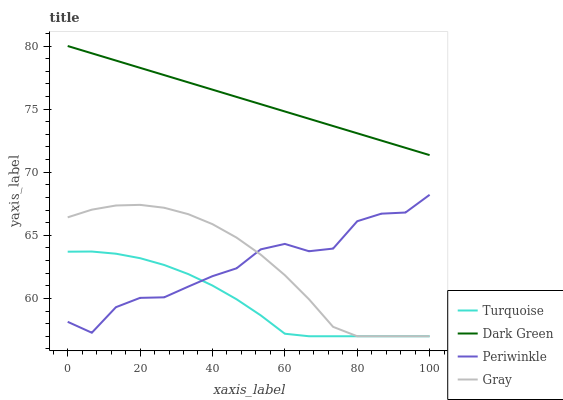
| xaxis_label | Turquoise | Dark Green | Periwinkle | Gray |
 | --- | --- | --- | --- | --- |
 | 0 | 63.7 | 80 | 58.1 | 66.4 |
 | 6.67 | 63.7 | 79.4 | 57.3 | 67 |
 | 13.3 | 63.5 | 78.8 | 59.3 | 67.4 |
 | 20 | 63.2 | 78.3 | 60 | 67.4 |
 | 26.7 | 62.6 | 77.7 | 60.1 | 67.2 |
 | 33.3 | 61.9 | 77.1 | 60.9 | 66.7 |
 | 40 | 61 | 76.5 | 61.8 | 65.9 |
 | 46.7 | 59.9 | 76 | 62.4 | 64.8 |
 | 53.3 | 58.7 | 75.4 | 63.9 | 63.5 |
 | 60 | 57.2 | 74.8 | 64.3 | 61.8 |
 | 66.7 | 57 | 74.2 | 63.7 | 59.9 |
 | 73.3 | 57 | 73.7 | 63.9 | 57.7 |
 | 80 | 57 | 73.1 | 66.1 | 57 |
 | 86.7 | 57 | 72.5 | 66.7 | 57 |
 | 93.3 | 57 | 71.9 | 66.8 | 57 |
 | 100 | 57 | 71.4 | 68.2 | 57 |